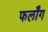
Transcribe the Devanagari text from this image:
फर्लोंग